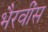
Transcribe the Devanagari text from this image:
भैरवींस